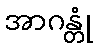
အာဂန္တုံ